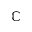
\mathbb { C }